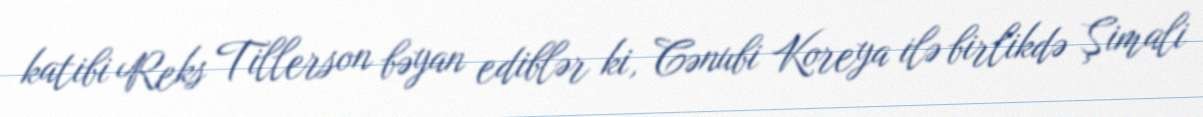
katibi Reks Tillerson bəyan ediblər ki, Cənubi Koreya ilə birlikdə Şimali